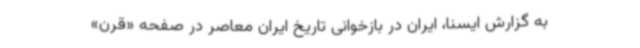
به گزارش ایسنا، ایران در بازخوانی تاریخ ایران معاصر در صفحه «قرن»